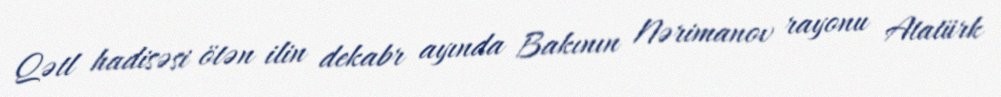
Qətl hadisəsi ötən ilin dekabr ayında Bakının Nərimanov rayonu Atatürk